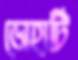
ডোহার্টি